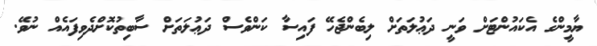
ޔާމީންގެ އެކައުންޓަށް ވަނީ ދަޢުލަތަށް ލިބެންޖެހޭ ފައިސާ ކަންވެސް ދަޢުލަތަށް ސާބިތުކޮށްދެވިފައެއް ނުވޭ.